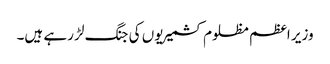
وزیر اعظم مظلوم کشمیریوں کی جنگ لڑ رہے ہیں۔